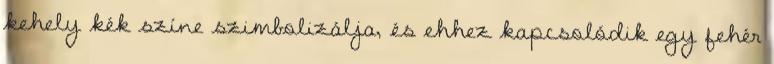
kehely kék színe szimbolizálja, és ehhez kapcsolódik egy fehér